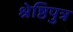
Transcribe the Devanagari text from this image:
श्रेष्ठिपुत्र